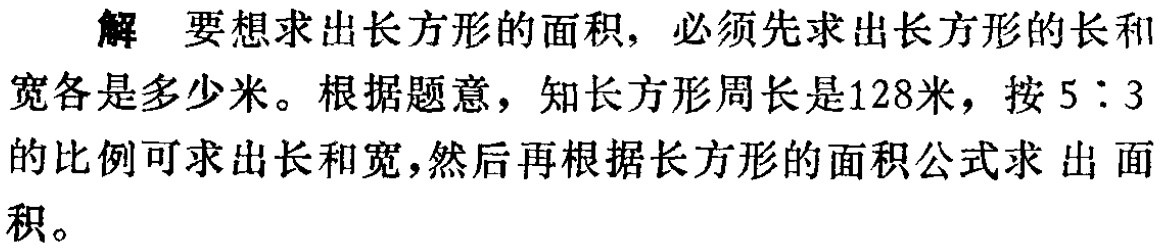
解 要想求出长方形的面积，必须先求出长方形的长和宽各是多少米。根据题意，知长方形周长是128米，按 \(5:3\)的比例可求出长和宽，然后再根据长方形的面积公式求出面积。